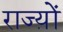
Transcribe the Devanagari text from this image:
राज्य़ों